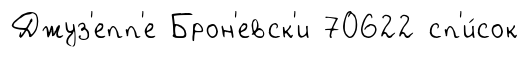
Джуз'епп'е Брон'евск'и 70622 сп'и́сок